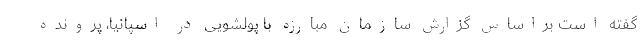
گفته است براساس گزارش سازمان مبارزه با پولشویی در اسپانیا، پرونده